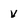
Character: v